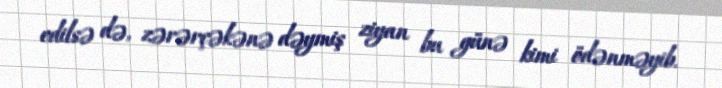
edilsə də, zərərçəkənə dəymiş ziyan bu günə kimi ödənməyib.